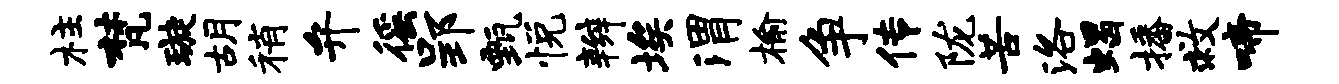
柱梵璇胡稍弁徭郢甄悦辫埃渭榆争传陇苦洛蝎播救啼